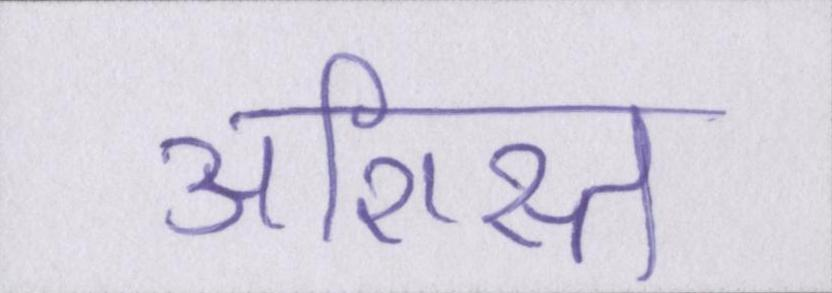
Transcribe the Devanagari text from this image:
अशिस्त